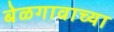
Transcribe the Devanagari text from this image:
बेळगावाच्या